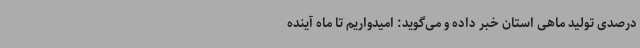
درصدی تولید ماهی استان خبر داده و می‌گوید: امیدواریم تا ماه آینده